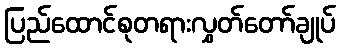
ပြည်ထောင်စုတရားလွှတ်တော်ချုပ်